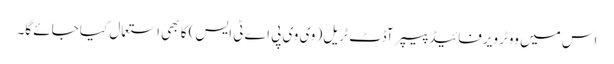
اس میں ووٹر ویرفائیڈ پیپر آڈٹ ٹریل( وی وی پی اے ٹی ایس) کا بھی استعمال کیا جائے گا۔